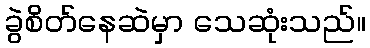
ခွဲစိတ်နေဆဲမှာ သေဆုံးသည်။